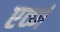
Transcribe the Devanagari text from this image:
एव्णं